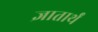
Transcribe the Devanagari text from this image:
ज्ञातार्थं